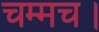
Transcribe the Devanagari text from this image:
चम्मच।